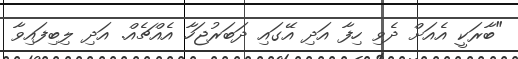
"ބާރަކީ އެއަށް ދެވި ހިފާ އަދި އޭގައި ދަބަރުޖަހާ އެއްޗެއް. އަދި ލިބިފައިވާ